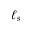
\ell _ { s }